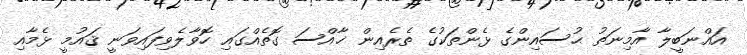
އައްނަބީލާ އާމިނަތު ޙުސައިންގެ ޅެންތަކުގެ ތެރެއިން ޚާއްސަ ގޮތެއްގައި ހޮވާލެވިފައިވަނީ ޤައުމީ ޅެމާއި